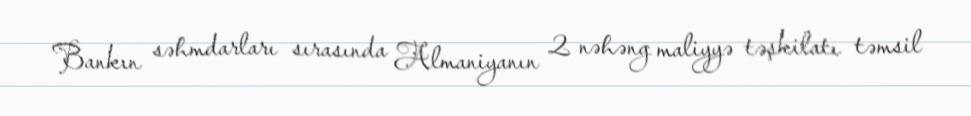
Bankın səhmdarları sırasında Almaniyanın 2 nəhəng maliyyə təşkilatı təmsil